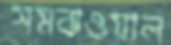
সমঝওয়াল